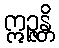
ဣဉ္ဇန္တိ